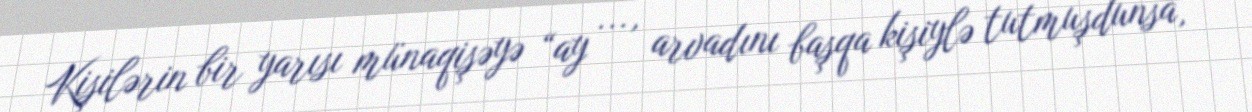
Kişilərin bir yarısı münaqişəyə “ay ..., arvadını başqa kişiylə tutmuşdunsa,